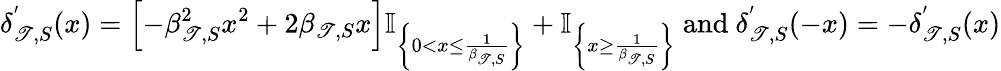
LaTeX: \delta_{\mathscr{T},S}^{'}(x)=\left[-\beta_{\mathscr{T},S}^{2}x^{2}+2\beta_{\mathscr{T},S}x\right]\mathbb{{I}}_{\left\{ 0<x\leq\frac{{1}}{{\beta_{\mathscr{T},S}}}\right\} }+\mathbb{{I}}_{\left\{ x\geq\frac{{1}}{{\beta_{\mathscr{T},S}}}\right\} }~\mathrm{{and}}~\delta_{\mathscr{T},S}^{'}(-x)=-\delta_{\mathscr{T},S}^{'}(x)